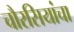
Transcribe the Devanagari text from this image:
चौरसियांचा